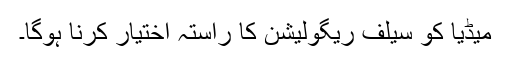
میڈیا کو سیلف ریگولیشن کا راستہ اختیار کرنا ہوگا۔